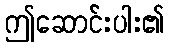
ဤဆောင်းပါး၏